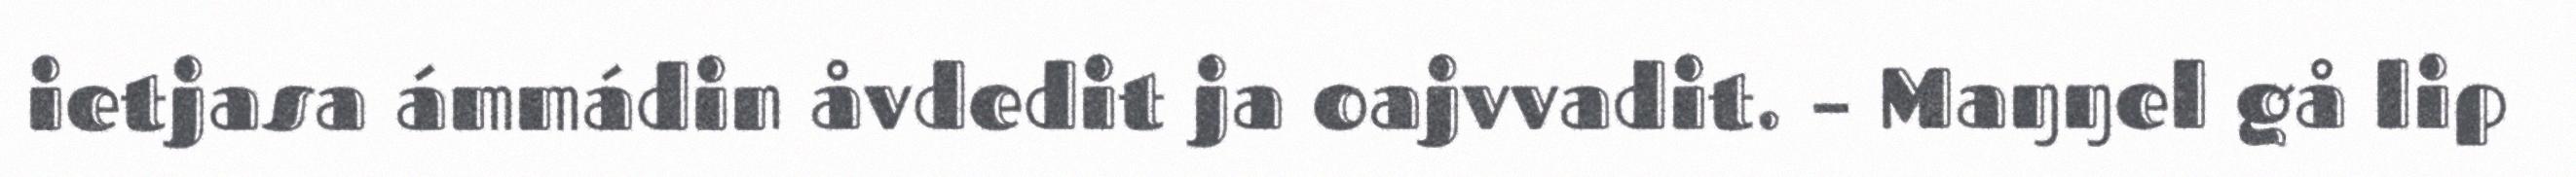
ietjasa ámmádin åvdedit ja oajvvadit. – Maŋŋel gå lip